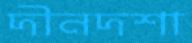
দীনদশা